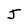
Character: J